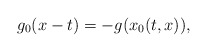
\begin{align*}g_0(x-t) = - g(x_0(t,x)),\end{align*}